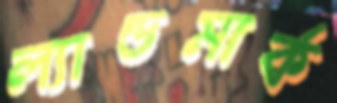
ল্যান্ডমার্ক